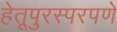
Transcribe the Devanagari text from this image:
हेतूपुरस्परपणे